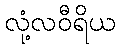
လုံ့လဝီရိယ